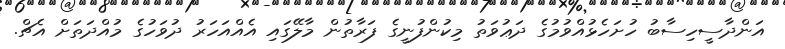
އަންދާސީހިސާބު ހުށަހެޅުއްވުމުގެ ދަޢުވަތު މިކުންފުނީގެ ފަރާތުން މާލޭގައި އެއްއަހަރު ދުވަހުގެ މުއްދަތަށް އެޗް.